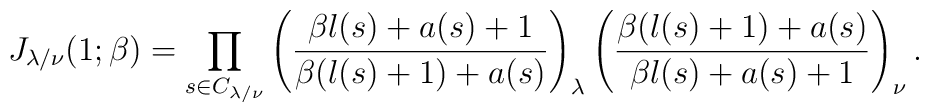
J_{\lambda/\nu}(1;\beta)=\prod_{s\in C_{\lambda/\nu}}\left( \frac{\beta l(s)+a(s)+1}{\beta (l(s)+1)+a(s)}\right)_\lambda\left( \frac{\beta (l(s)+1)+a(s)}{\beta l(s)+a(s)+1}\right)_\nu .